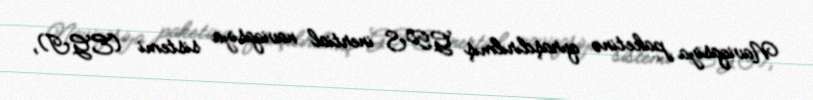
Naviqasiya paketinə quraşdırılmış GPS inertial naviqasiya sistemi (EGI),